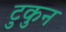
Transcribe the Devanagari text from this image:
टुकुन